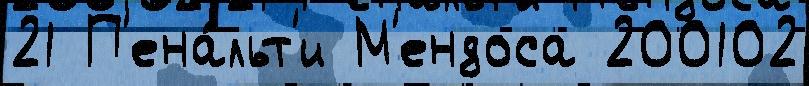
21 П'ена́льт'и М'ендоса 200102